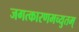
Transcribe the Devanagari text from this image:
जगत्कारणमच्युतम्